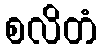
စလိတံ